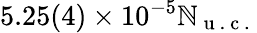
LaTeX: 5.25(4)\times10^{-5}\mathbb{N}_{\mathrm{{~u~.~c~.~}}}